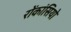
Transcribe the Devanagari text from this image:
रोंकांसियो